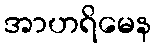
အာဟရိမေန